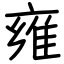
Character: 雍